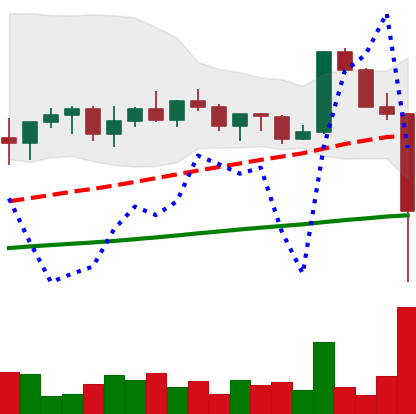
Ticker: XRP-USD
Chart end date: 2022-11-08
Forward return: -16.233%
Label: down_7plus